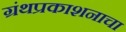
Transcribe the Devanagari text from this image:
ग्रंथप्रकाशनाचा